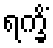
ရက္ခိံ